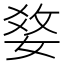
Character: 𤕢